King Institute of Preventive Medicine Micro-Biological Section reports 1909-11
Year: 1909
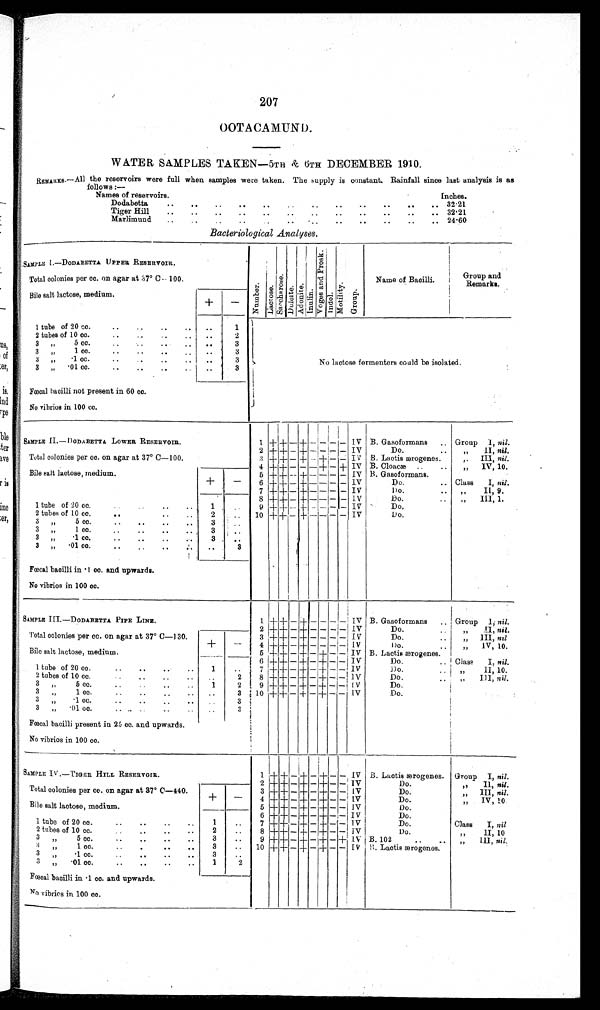
207
OOTACAMUND .
WATER SAMPLES TAKEN—5TH & 6TH DECEMBER 1910.
REMARKS.—All the reservoirs were full when samples were taken. The supply is constant. Rainfall since last analysis is as
follows :
—
Names of reservoirs.
Inches.
Dodabetta
..
..
..
..
..
.. 32.21
Tiger Hill
.. .. ..
..
32.21
Marlimund
..
..
..
24.60
.
Bacteriological Analyses.
SAMPLE, I.—DODABETTA UPPER RESERVOIR.
Total colonies per cc. on agar at 3-7° C.— 100.
N u m b e r L a c t o s e .
Sa c c ha r os e .
D u l o i t e . Adoni t e .
I n u l i n .
V o g a s a n d P r o s k .
I n d o l .
M o t i l i t y .
G r o u p
Name of Bacilli.
Group and
Remarks.
Bile salt lactose, medium.
+
-
1 tube of 20 cc.
..
1
N o l a c t o s e f e r m e n t e r e c o u l d b e i s o l a t e d .
No lactose fermenters could be isolated.
2 tubes of 10 cc.
..
2
3
„
5 cc
.
..
3
3
„
cc.
. .
3
3 " . 1 c c . • 1
.. 3
3 " . 0 1 c c .
.. 3
Fœcal bacilli not present in 60 cc.
No vibrios in 100 cc.
SAMPLE II.— DODABETTA LOWER RESERVOIR.
Total colonies per cc. on agar at 37° C—100.
1 + + - + -
-
- -
IV B. Gasoformans
Group 1, nil.
2 + + - + - - - -
IV
Do.
„
II, nil.
3 + + - + -+ - -
IV B. Laetis ærogenes.
III, nil.
4 + + - - - + - + IV B. Cloacæ.
„
IV, 10.
Bile salt lactose, medium.
+
-
5 + + - + - - - - IV B. Gasoformans.
6 + + - + - - - - IV
Do.
Class
I, nil.
7 + + - + - - - - IV
D o .
II, 9.
8 + + - + - - - - IV
Do.
„
III, 1.
1 tube of 20 cc.
1
. .
9 + + - + - - - - IV
D o .
2 tubes of 10 cc.
2
. . 10 + + - + - - - - IV
Do.
3
„
5 cc.
3
. .
3
„
1 cc.
3
. .
3
„
.1 cc
3
. .
3
„
.01 cc.
Fœcal bacilli in .1 cc. and upwards.
No vibrios in 100 cc.
. .
3
SAMPLE III.—DODABETTA PIPE LINE.
Total colonies per cc. on agar at 37° 0—130,
1
+ +
-
+
-
-
-
-
IV B. Gasoformans. i Group 1; nil.
2 + + -
+ - - -
- IV
Do.
,,
II, nil.
3
+ +
- + - -
-
- IV
Do.
" III, n i l .
4 + + -
+ - - -
-
I V
Do.
„
IV, 10.
Bile salt lactose, medium.
5 + + -
+ - + -
- IV B. Laetis ærogenes.
+
-
6 + + -
+ - + -
-
I V
Do.
Class
I. nil.
1 tube of 20 cc.
1
. . . . ' 7 + +
- + - + -
- IV
D o . "
11, 10.
2 tubes of 10 cc.
. .
2
8 + +
- + - +
-
- 1V
Do.
„
III, nil.
3
„
5 cc.
1
2 , 9 + + -
+ - + -
-
I V
Do.
3
„
1 cc.
.
3
10 + + -
+ - + -
- 1V
Do.
3
"
.1 cc..
. .
3
3
"
.01 cc...
Fœcal bacilli present in 25, cc. and upwards.
No vibrios in 100 cc.
. .
3
SAMPLE IV .—TIGER HILL RESERVOIR.
Total colonies par co. on agar at 37° C—440.
1
+ +
-
+ - + -
-
IV B. Laotis ærogenes. Group I, nil.
2+ +
- + - +
-
- IV
Do.
,,
II, nil.
3 + +
- + - +
-
- IV
Do.
„
III, nil.
Bile salt lactose, medium.
+
-
4 + +
- + - +
-
- IV
Do.
„
IV, 10
5 + +
- + - +
-
-
I V
Do.
6 + + - + - + -
- IV
Do.
1 tube of 20 cc..
..
1
.
7 + +
- +
- +
-
-
I V
Do.
Class
I, nil
2 tubes of 10 cc..
2
. .
8 + + -
+ - + -
-
I V
Do.
„
1I, 10
3 " 5 cc.
3
. .
9 + +
- + - +
-
+ IV B. 102
III, nil.
3 " 1 cc.
3
. .
10+ +
- + - + -
-
I V B. Lactis ærogenes.
3
„
.1 cc.
3
. .
3
„
.01 cc.
Fœcal bacilli in • 1 cc. and upwards.
No vibrios in 100 cc.
1
2